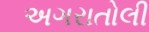
અગરાતોલી